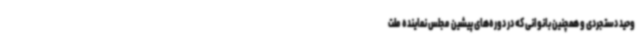
وحید دستجردی و همچنین بانوانی که در دوره‌های پیشین مجلس نماینده ملت